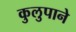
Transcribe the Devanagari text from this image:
कुलुपाने